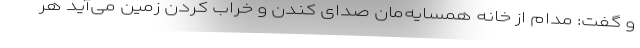
و گفت: مدام از خانه همسایه‌مان صدای کندن و خراب کردن زمین می‌آید هر